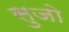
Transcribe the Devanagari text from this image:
सुजो